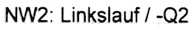
Text: NW2: Linkslauf / -Q2